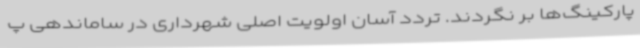
پارکینگ‌ها بر نگردند. تردد آسان اولویت اصلی شهرداری در ساماندهی پ